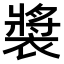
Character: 𫌏